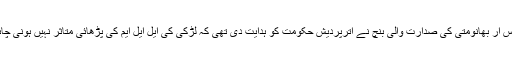
جسٹس آر بھانومتی کی صدارت والی بنچ نے اترپردیش حکومت کو ہدایت دی تھی کہ لڑکی کی ایل ایل ایم کی پڑھائی متاثر نہیں ہونی چاہئے۔